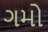
ગમો